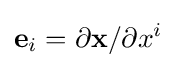
\mathbf {e} _{i}=\partial \mathbf {x} /\partial x^{i}